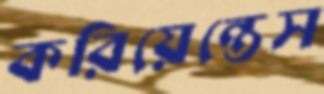
করিয়েন্তেস